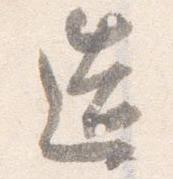
造